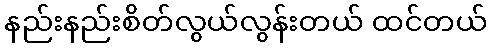
နည်းနည်းစိတ်လွယ်လွန်းတယ် ထင်တယ်